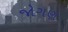
જોગણ